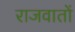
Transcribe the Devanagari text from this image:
राजवातों